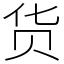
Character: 货